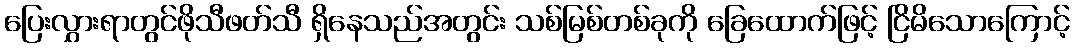
ပြေးလွှားရာတွင်ဖိုသီဖတ်သီ ရှိနေသည်အတွင်း သစ်မြစ်တစ်ခုကို ခြေထောက်ဖြင့် ငြိမိသောကြောင့်